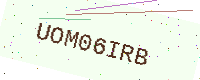
Text: UOM06IRB